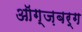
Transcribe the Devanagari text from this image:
ऑग्ज़बर्ग